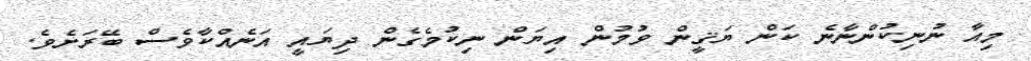
މިއާ ނުނިކުންނާނެ ކަން ޔަޤީން ވުމުން އިޔަން ނިކުމެގެން ދިޔައީ އަނެއްކާވެސް ބޭރަށެވެ.